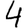
Digit: 4